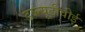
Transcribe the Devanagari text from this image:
डब्ल्यूटीवीई